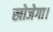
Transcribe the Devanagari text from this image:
खोजेगा।